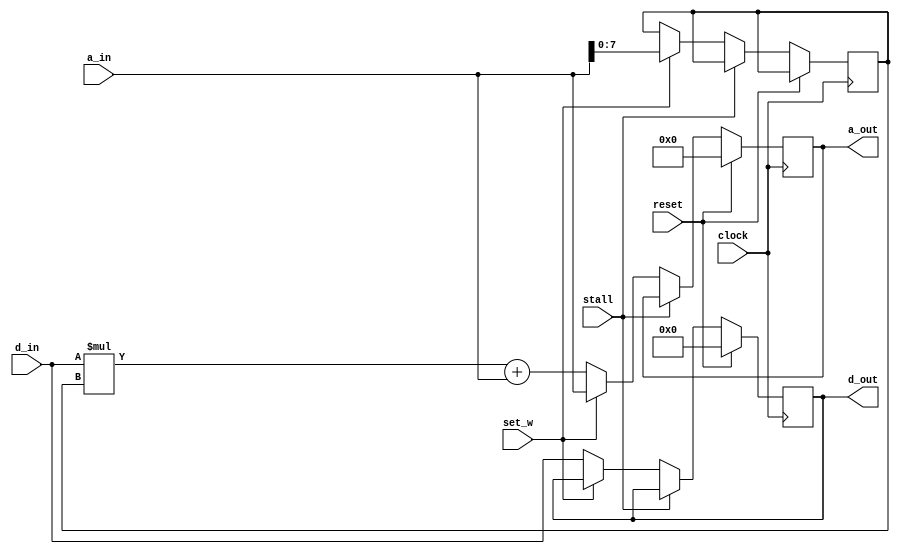
module Mac #(
    parameter D_BITS = 8,
    parameter W_BITS = 8,
    parameter A_BITS = 16
) (
    input clock,
    input reset,
    input set_w,
    input stall,
    input [A_BITS-1:0] a_in,
    input [D_BITS-1:0] d_in,
    output reg [A_BITS-1:0] a_out,
    output reg [D_BITS-1:0] d_out
);
    reg [W_BITS-1:0] w;
    always @(posedge clock) begin
        if (reset) begin
            a_out <= {A_BITS{1'b0}};
            d_out <= {D_BITS{1'b0}};
        end else if (!stall) begin
            if (set_w) begin
                w     <= a_in;
                a_out <= a_in;
            end else begin
                a_out <= d_in * w + a_in;
                d_out <= d_in;
            end
        end
    end
endmodule